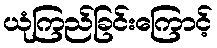
ယုံကြည်ခြင်းကြောင့်